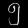
Digit: ၅